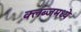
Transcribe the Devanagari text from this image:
क्लब्जमध्ये